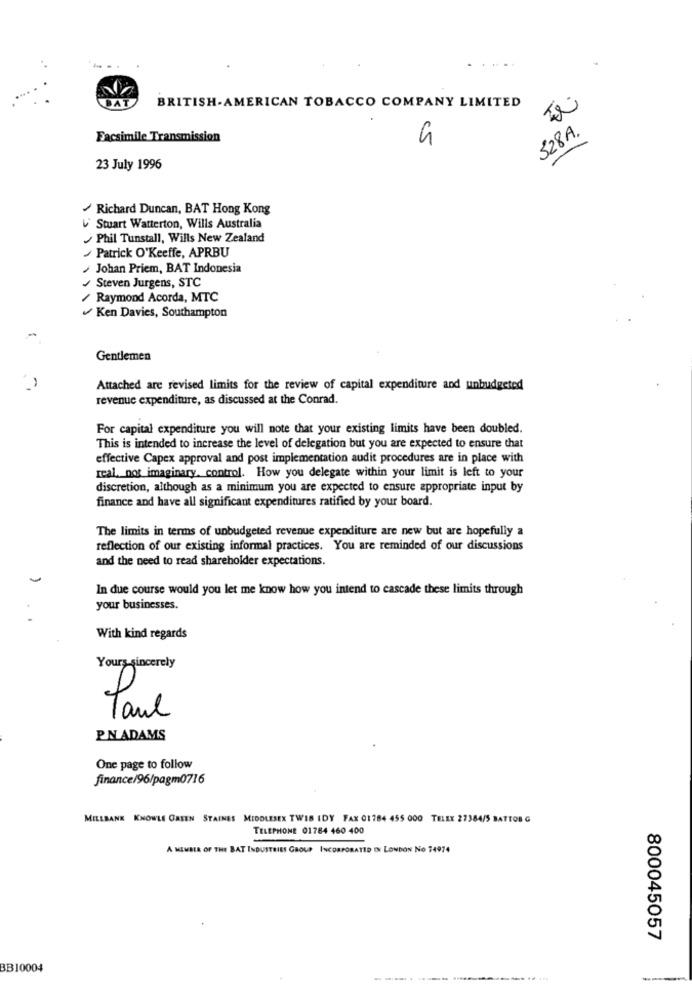
...-.
BAT
BRITISH-AMERICAN TOBACCO COMPANY LIMITED
328A
Facsimile Transmission
5
23 July 1996
Richard Duncan, BAT Hong Kong
Stuart Watterton, Wills Australia
Phil Tunstall, Wills New Zealand
Patrick O'Keeffe, APRBU
Johan Priem, BAT Indonesia
Steven Jurgens, STC
Raymond Acorda, MTC
Ken Davies, Southampton
Gentlemen
Attached are revised limits for the review of capital expenditure and unbudgeted
revenue expenditure, as discussed at the Conrad.
For capital expenditure you will note that your existing limits have been doubled.
This is intended to increase the level of delegation but you are expected to ensure that
effective Capex approval and post implementation audit procedures are in place with
real. not imaginary, control. How you delegate within your limit is left to your
discretion, although as a minimum you are expected to ensure appropriate input by
finance and have all significant expenditures ratified by your board.
The limits in terms of unbudgeted revenue expenditure are new but are hopefully a
reflection of our existing informal practices. You are reminded of our discussions
and the need to read shareholder expectations.
In due course would you let me know how you intend to cascade these limits through
your businesses.
With kind regards
Yours sincerely
Paul
PN ADAMS
One page to follow
finance/96/pagm0716
MILLBANK KNOWLE GATEN STAINES MIDDLESEX TWIS IDY FAX 01 784 455 000 TELEX 27384/5 BATTOB G
TELEPHONE 01784 460 400
A MEMBER OF THE BAT INDUSTRIES GROUP INCORPORATED IN LONDON No 74974
800045057
BB10004